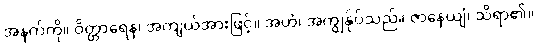
အနက်ကို။ ဝိတ္ထာရေန၊ အကျယ်အားဖြင့်။ အဟံ၊ အကျွန်ုပ်သည်။ ဇာနေယျံ၊ သိရာ၏။